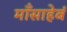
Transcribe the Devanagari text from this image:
माँसाहेबं